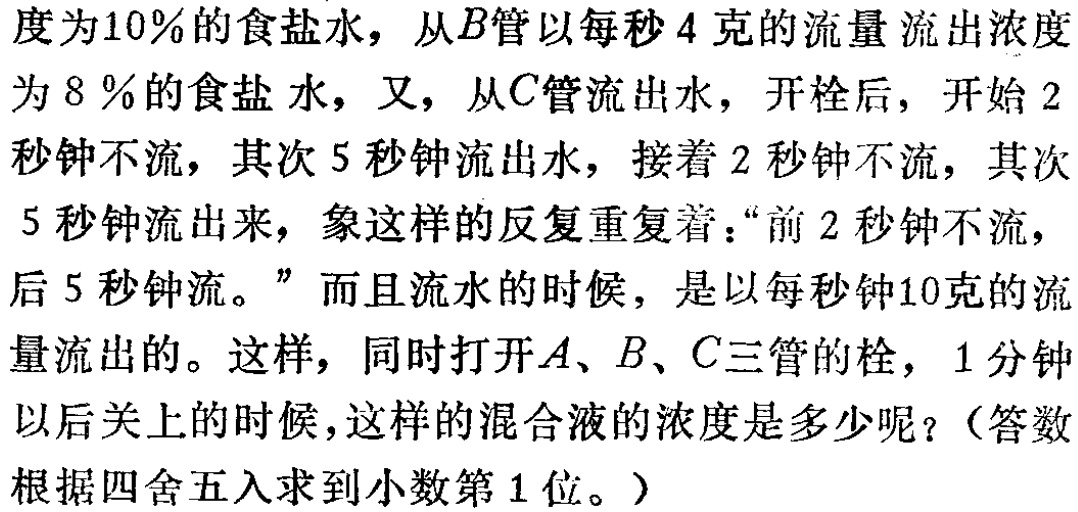
度为\(10\%\)的食盐水，从\(B\)管以每秒\(4\)克的流量流出浓度为\(8\%\)的食盐水，又，从\(C\)管流出水，开栓后，开始\(2\)秒钟不流，其次\(5\)秒钟流出水，接着\(2\)秒钟不流，其次\(5\)秒钟流出来，象这样的反复重复着：“前\(2\)秒钟不流，后\(5\)秒钟流。”而且流水的时候，是以每秒钟\(10\)克的流量流出的。这样，同时打开\(A\)、\(B\)、\(C\)三管的栓，\(1\)分钟以后关上的时候，这样的混合液的浓度是多少呢？（答数根据四舍五入求到小数第\(1\)位。）